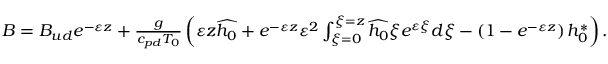
\begin{array} { r } { B = B _ { u d } e ^ { - \varepsilon z } + \frac { g } { c _ { p d } T _ { 0 } } \left( \varepsilon z \widehat { h _ { 0 } } + e ^ { - \varepsilon z } \varepsilon ^ { 2 } \int _ { \xi = 0 } ^ { \xi = z } \widehat { h _ { 0 } } \xi e ^ { \varepsilon \xi } d \xi - \left( 1 - e ^ { - \varepsilon z } \right) h _ { 0 } ^ { * } \right) . } \end{array}